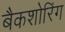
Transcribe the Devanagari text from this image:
बैकशोरिंग